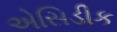
એસિડીક